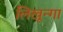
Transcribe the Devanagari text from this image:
लिखून्गा